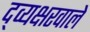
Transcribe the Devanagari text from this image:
द्व्यक्षरवाले